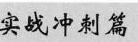
实战冲刺篇